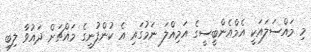
މި މައްސަލައަކީ އެމްއެންބީސީގެ އަމިއްލަ ނަމުގައި އެ ކުންފުނީގެ މައްޗަށް ދައުވާ ލިބި